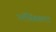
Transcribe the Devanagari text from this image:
प्लँबिकलर